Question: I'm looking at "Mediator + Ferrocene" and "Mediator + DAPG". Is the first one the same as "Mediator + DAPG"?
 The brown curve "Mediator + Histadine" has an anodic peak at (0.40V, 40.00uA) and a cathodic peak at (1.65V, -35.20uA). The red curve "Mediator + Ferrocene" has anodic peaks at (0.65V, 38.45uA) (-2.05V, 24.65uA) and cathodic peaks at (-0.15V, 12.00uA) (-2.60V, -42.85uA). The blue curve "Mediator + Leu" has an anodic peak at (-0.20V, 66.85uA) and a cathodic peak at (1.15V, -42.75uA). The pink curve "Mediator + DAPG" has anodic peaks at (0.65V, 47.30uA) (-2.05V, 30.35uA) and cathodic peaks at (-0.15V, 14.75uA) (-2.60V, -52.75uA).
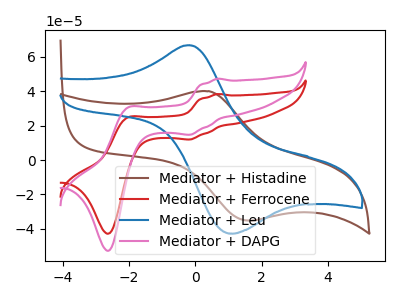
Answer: <think>All the peaks in "Mediator + Ferrocene" have a peak in "Mediator + DAPG" at the same potential.
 </think>
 <answer>"Mediator + Ferrocene" and "Mediator + DAPG" are similar in shape.</answer>
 <eval>same_shape</eval>